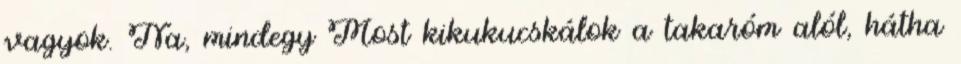
vagyok. Na, mindegy Most kikukucskálok a takaróm alól, hátha